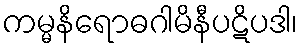
ကမ္မနိရောဓဂါမိနီပဋိပဒါ၊